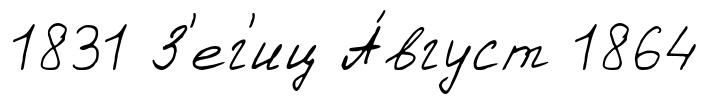
1831 З'ег'иц А́вгуст 1864